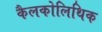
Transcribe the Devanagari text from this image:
कैलकोलिथिक